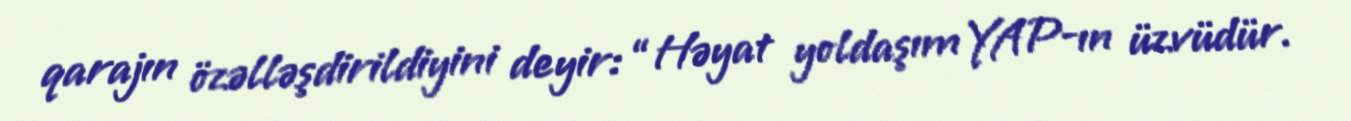
qarajın özəlləşdirildiyini deyir: “Həyat yoldaşım YAP-ın üzvüdür.